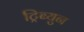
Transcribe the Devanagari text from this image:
ट्रिब्युन